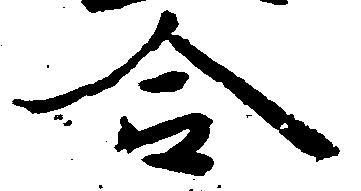
合